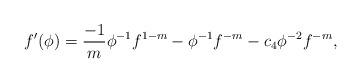
LaTeX: \begin{align*}f'(\phi)=\frac{-1}{m}\phi^{-1}f^{1-m}-\phi^{-1}f^{-m}-c_4\phi^{-2}f^{-m},\end{align*}